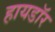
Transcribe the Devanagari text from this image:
हायडॉर